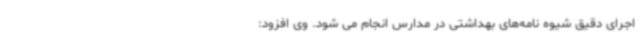
اجرای دقیق شیوه نامه‌های بهداشتی در مدارس انجام می شود. وی افزود: